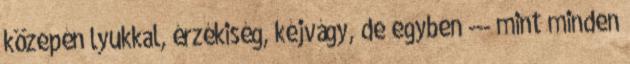
közepén lyukkal, érzékiség, kéjvágy, de egyben --- mint minden